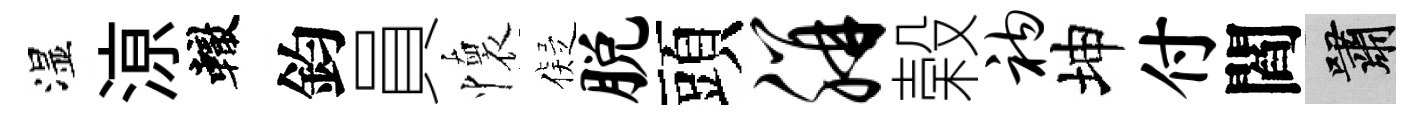
湿鿌轍鈞員懷儗脱頭胼榖衲坤付閻嘯